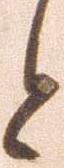
と